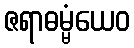
ဇရာဓမ္မံယေဝ